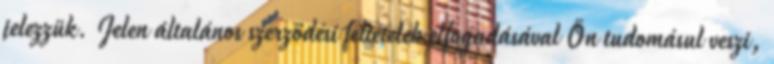
jelezzük. Jelen általános szerződési feltételek elfogadásával Ön tudomásul veszi,